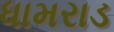
ધામરાડ